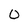
Character: 0